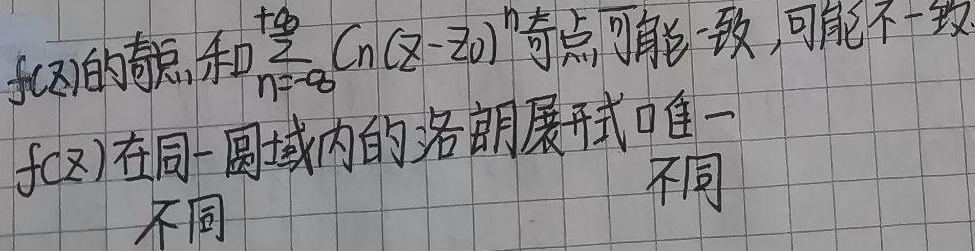
\(f(z)\)的奇点和\(\sum_{n = -\infty}^{+\infty}C_n(z - z_0)^n\)奇点可能一致，可能不一致。\(f(z)\)在同一圆域内的洛朗展开式唯一。